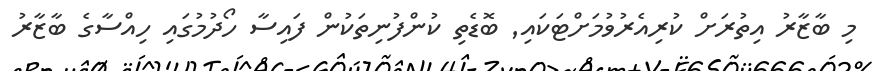
މި ބާޒާރު އިތުރަށް ކުރިއެރުވުމަށްޓަކައި